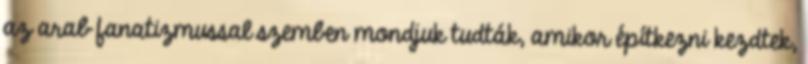
az arab fanatizmussal szemben mondjuk tudták, amikor építkezni kezdtek,